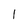
Character: l